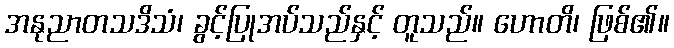
အနုညာတသဒိသံ၊ ခွင့်ပြုအပ်သည်နှင့် တူသည်။ ဟောတိ၊ ဖြစ်၏။